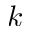
k